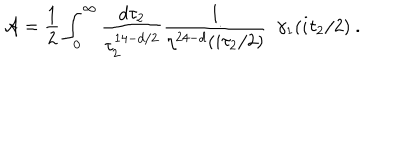
{ \cal A } = { \frac { 1 } { 2 } } \int _ { 0 } ^ { \infty } { \frac { d \tau _ { 2 } } { \tau _ { 2 } ^ { 1 4 - d / 2 } } } { \frac { 1 } { \eta ^ { 2 4 - d } ( i \tau _ { 2 } / 2 ) } } ~ ~ \gamma _ { 1 } ( i \tau _ { 2 } / 2 ) \ .